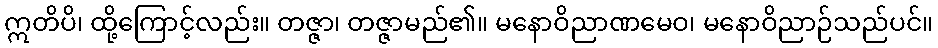
ဣတိပိ၊ ထို့ကြောင့်လည်း။ တဇ္ဇာ၊ တဇ္ဇာမည်၏။ မနောဝိညာဏမေဝ၊ မနောဝိညာဉ်သည်ပင်။